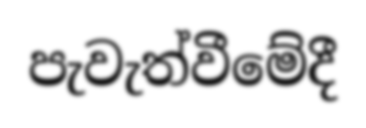
පැවැත්වීමේදී